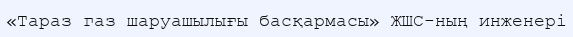
«Тараз газ шаруашылығы басқармасы» ЖШС-ның инженері